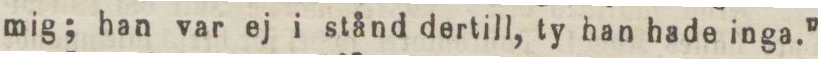
mig; han var ej i stånd dertill, ty han hade inga.”